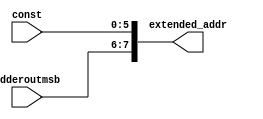
`timescale 1ns / 1ps

module Extend_addr(
    input [1:0] adderoutmsb,
    input [5:0] const,
    output [7:0] extended_addr
    );
    
    assign extended_addr = {adderoutmsb, const};
endmodule